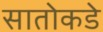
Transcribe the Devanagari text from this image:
सातोकडे